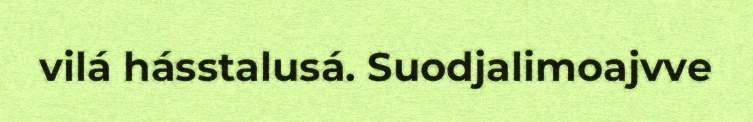
vilá hásstalusá. Suodjalimoajvve